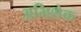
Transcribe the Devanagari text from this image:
अभिशेक